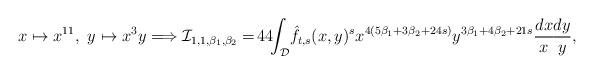
LaTeX: \begin{align*}x\mapsto x^{11},\ y\mapsto x^3 y\Longrightarrow\mathcal{I}_{1,1,\beta_1,\beta_2}=\!44\!\!\int_{\mathcal{D}}\!\hat{f}_{t,s}(x,y)^s x^{4(5\beta_1+3\beta_2+24s)} y^{3\beta_1+4\beta_2+21s} \frac{dx}{x}\!\frac{dy}{y},\end{align*}